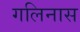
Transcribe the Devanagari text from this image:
गलिनास